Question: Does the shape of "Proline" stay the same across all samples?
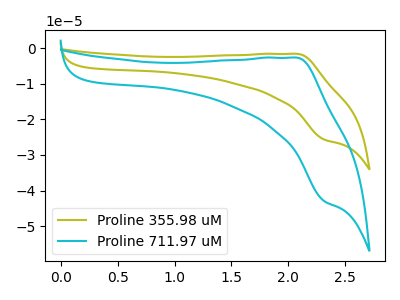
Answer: <think>The olive curve "Proline 355.98 uM" has an anodic peak at (2.05V, -1.60uA) and a cathodic peak at (2.30V, -25.65uA). The cyan curve "Proline 711.97 uM" has an anodic peak at (2.05V, -2.70uA) and a cathodic peak at (2.30V, -42.95uA).
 All the peaks in "Proline 355.98 uM" have a peak in "Proline 711.97 uM" at the same potential.</think>
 <answer>All the CV's of "Proline" have similar shape.</answer>
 <eval>follow_rule</eval>